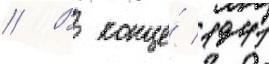
// В конце́ 1941